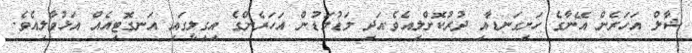
ޝާލް އަހަރެން އޭނާގެ ހަށިގަނޑާއި ދުރުކޮށްލިއެވެ.އަދި މަޑުމަޑުން އަހަރެންގެ އިގިލީގައި އަނގޮޓިއެއް އަޅުވާލިއެވެ.